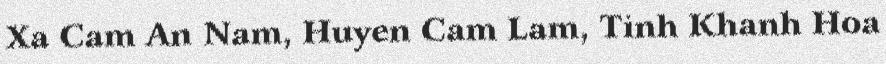
Xa Cam An Nam, Huyen Cam Lam, Tinh Khanh Hoa